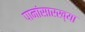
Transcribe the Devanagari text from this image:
पानांसारख्या